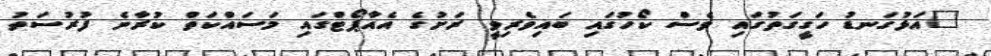
"އަޅުގަނޑު ހަގީގަތުގައި ވެސް ކޯހުގައި ބައިވެރިވީ ރަށުގެ އެއާޕޯޓްގައި މަސައްކަތް ކުރާނެ ފުރުސަތު